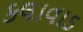
કલાવાડ